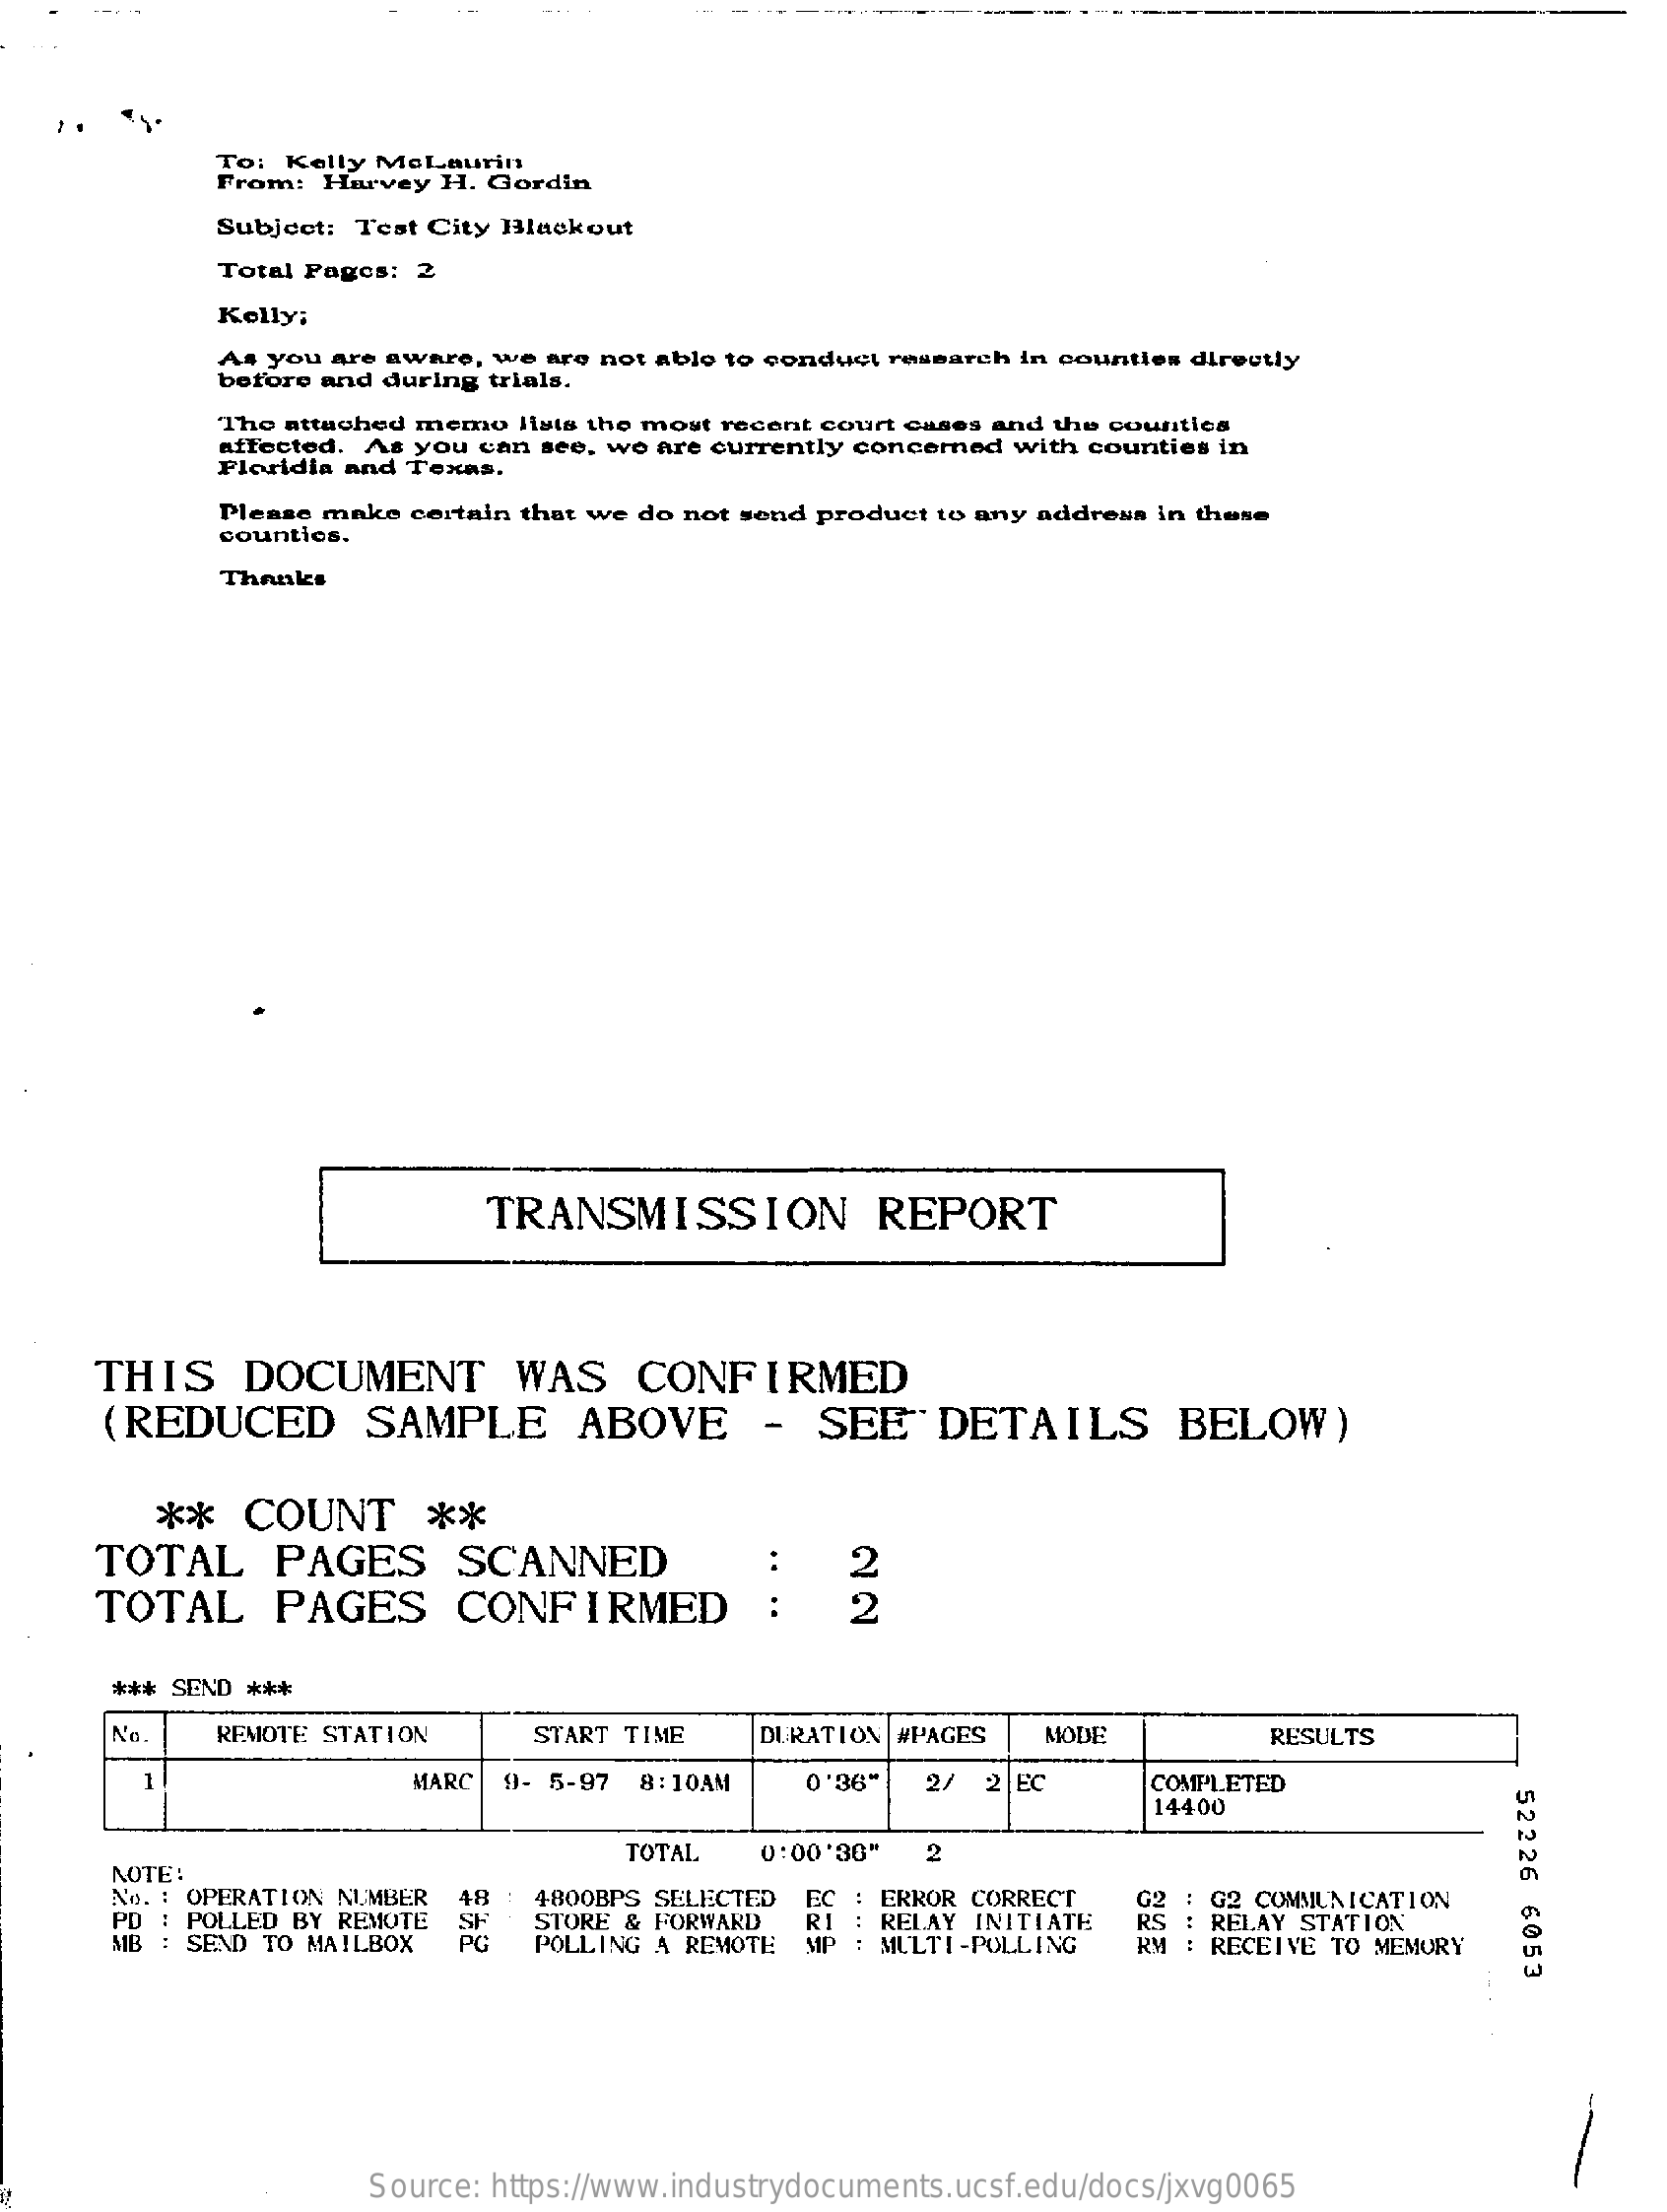
To: Kelly MeLaurin
     From: Harvey H. Gordin
     Subject: Test City Blackout
     Total Pages: 2
     Kelly;
     As you are aware, we are not able to conduct research in countles directly
     before and during trials.
     The attached memo lists the most recent court cases and the counties
     affected. As you can see, we are currently concerned with counties in
     Floridia and Texas.
     Please make certain that we do not send product to any address in these
     counties.
     Thanks
     TRANSMISSION    REPORT
     THIS    DOCUMENT    WAS    CONFIRMED
     (REDUCED    SAMPLE    ABOVE    -  SEE    DETAILS    BELOW)
     **   COUNT    **
     TOTAL    PAGES    SCANNED
     TOTAL    PAGES    CONFIRMED    :
     2
     2
     *** SEND ***
     No.   REMOTE STATION   START TIME   DURATION #PAGES MODE    RESULTS
     MARC  9- 5-97 8:10AM   0'36"  2/ 2 EC    COMPLETED
     52226
     6053
     14400
     NOTE:
     TOTAL  0:00'30"  2
     No. : OPERATION NUMBER
     PD : POLLED BY REMOTE
     48   4800BPS SELECTED    .
     .
     . POLLING A REMOTE
     RI  RELAY INITIATE RS
     G2 COMMUNICATION
     SEND TO MAILBOX
     STORE & FORWARD
     EC : ERROR CORRECT
     MULTI-POLLING
     RELAY STATION
     RECEIVE TO MEMORY
     Source: https://www.industrydocuments.ucsf.edu/docs/jxvg0065